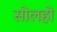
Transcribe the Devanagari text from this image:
सोलहो